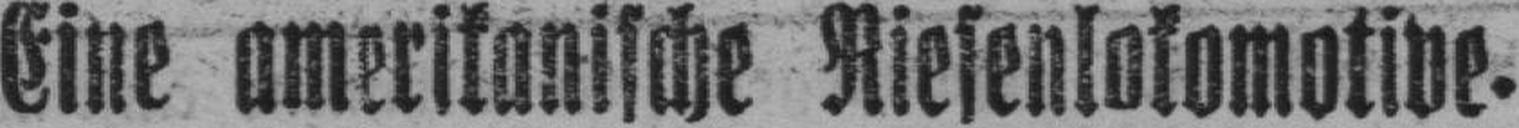
Eine amerikanische Riesenlokomotive.